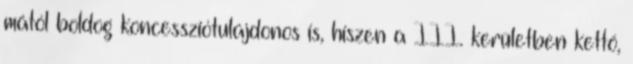
mától boldog koncessziótulajdonos is, hiszen a III. kerületben kettő,